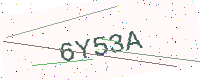
Text: 6Y53A